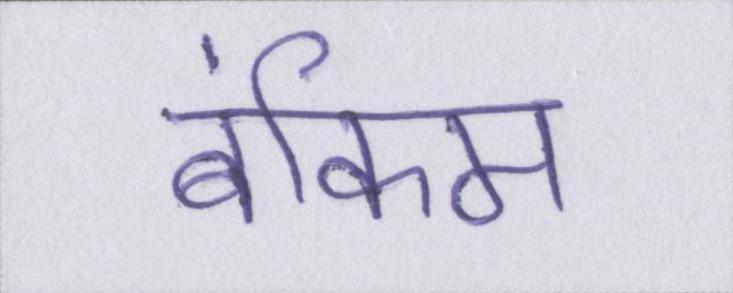
बंकिम